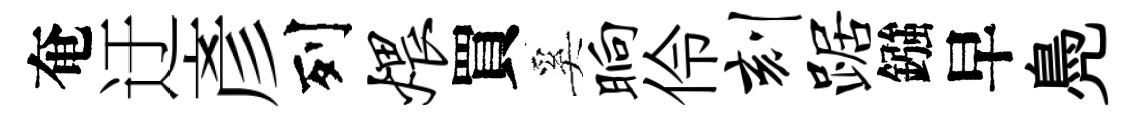
奄迂彥列煨買奚晌伶刻踞鏹早鳧